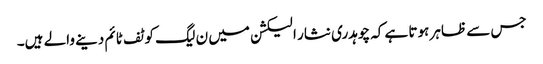
جس سے ظاہر ہوتا ہے کہ چوہدری نثار الیکشن میں ن لیگ کو ٹف ٹائم دینے والے ہیں۔